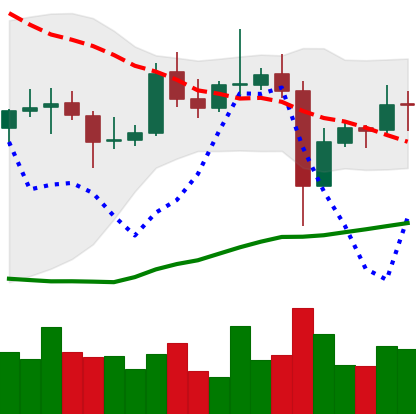
Ticker: EOS-USD
Chart end date: 2021-11-01
Forward return: -3.89%
Label: down_3_5